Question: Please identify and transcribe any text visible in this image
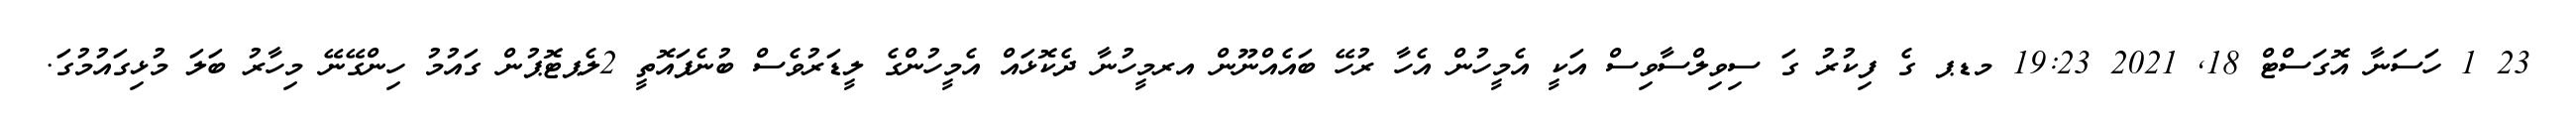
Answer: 23 1 ހަސަނާ އޮގަސްޓް 18, 2021 19:23 މޑޕ ގެ ފިކުރު ގަ ސިވިލްސާވިސް އަކީ އެމީހުން އެހާ ރުހޭ ބައެއްނޫން އރމީހުނާ ދެކޮޅައް އެމީހުންގެ ލީޑަރުވެސް ބުނެފައޮތީ 2ލެޕޓޮޕުން ގައުމު ހިންގޭނޭ މިހާރު ބަލަ މުޅިގައުމުގަ.